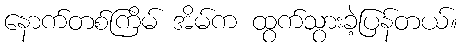
နောက်တစ်ကြိမ် အိမ်က ထွက်သွားခဲ့ပြန်တယ်။